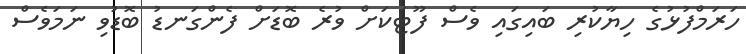
ހަރަމްފުޅުގެ ހިޔާކުރި ބައިގައި ވެސް ފޫޓަކަށް ވުރެ ބޮޑަށް ފެންގަނޑު ބޮޑުވި ނަމަވެސް